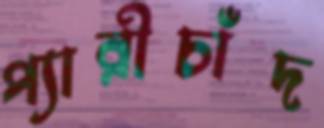
প্যারীচাঁদ